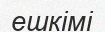
ешкімі